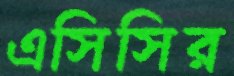
এসিসির